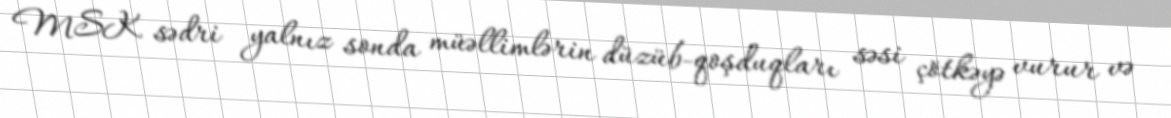
MSK sədri yalnız sonda müəllimlərin düzüb-qoşduqları səsi çötkəyə vurur və